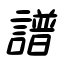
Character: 譜